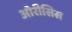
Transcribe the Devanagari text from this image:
ओरीसिस